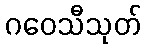
ဂဝေသီသုတ်